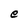
Character: e